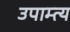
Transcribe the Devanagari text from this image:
उपाम्त्य